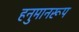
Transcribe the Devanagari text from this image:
हनुमानरूप